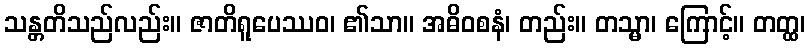
သန္တတိသည်လည်း။ ဇာတိရူပေဿဝ၊ ၏သာ။ အဓိဝစနံ၊ တည်း။ တသ္မာ၊ ကြောင့်။ တတ္ထ၊